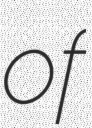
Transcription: of